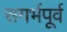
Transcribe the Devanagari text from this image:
सगर्भपूर्व